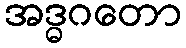
အဒ္ဓဂတော